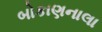
બોકાણનાલા